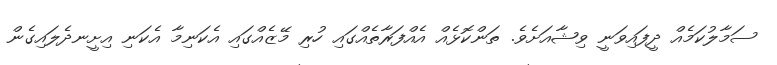
ސަމާލުކަމެއް ދީފައިވަނީ ވިޝާއަށެވެ. ތަންކޮޅެއް އެއްފަރާތެއްގައި ހުރި މޭޒެއްގައި އެކަނިމާ އެކަނި އިށީނދެލައިގެން